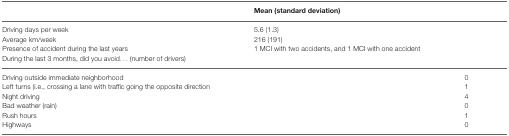
<table><thead><tr><td>[EMPTY_CELL]</td><td><b>Mean (standard deviation)</b></td><td>[EMPTY_CELL]</td></tr></thead><tbody><tr><td>Driving days per week</td><td>5.6 (1.3)</td><td>[EMPTY_CELL]</td></tr><tr><td>Average km/week</td><td>216 (191)</td><td>[EMPTY_CELL]</td></tr><tr><td>Presence of accident during the last years</td><td>1 MCI with two accidents, and 1 MCI with one accident</td><td>[EMPTY_CELL]</td></tr><tr><td>During the last 3 months, did you avoid... (number of drivers)</td></tr><tr><td>Driving outside immediate neighborhood</td><td>[EMPTY_CELL]</td><td>0</td></tr><tr><td>Left turns (i.e., crossing a lane with traffic going the opposite direction</td><td>[EMPTY_CELL]</td><td>1</td></tr><tr><td>Night driving</td><td>[EMPTY_CELL]</td><td>4</td></tr><tr><td>Bad weather (rain)</td><td>[EMPTY_CELL]</td><td>0</td></tr><tr><td>Rush hours</td><td>[EMPTY_CELL]</td><td>1</td></tr><tr><td>Highways</td><td>[EMPTY_CELL]</td><td>0</td></tr></tbody></table>